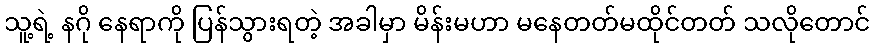
သူ့ရဲ့ နဂို နေရာကို ပြန်သွားရတဲ့ အခါမှာ မိန်းမဟာ မနေတတ်မထိုင်တတ် သလိုတောင်